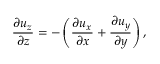
\frac { \partial u _ { z } } { \partial z } = - \left( \frac { \partial u _ { x } } { \partial x } + \frac { \partial u _ { y } } { \partial y } \right) ,